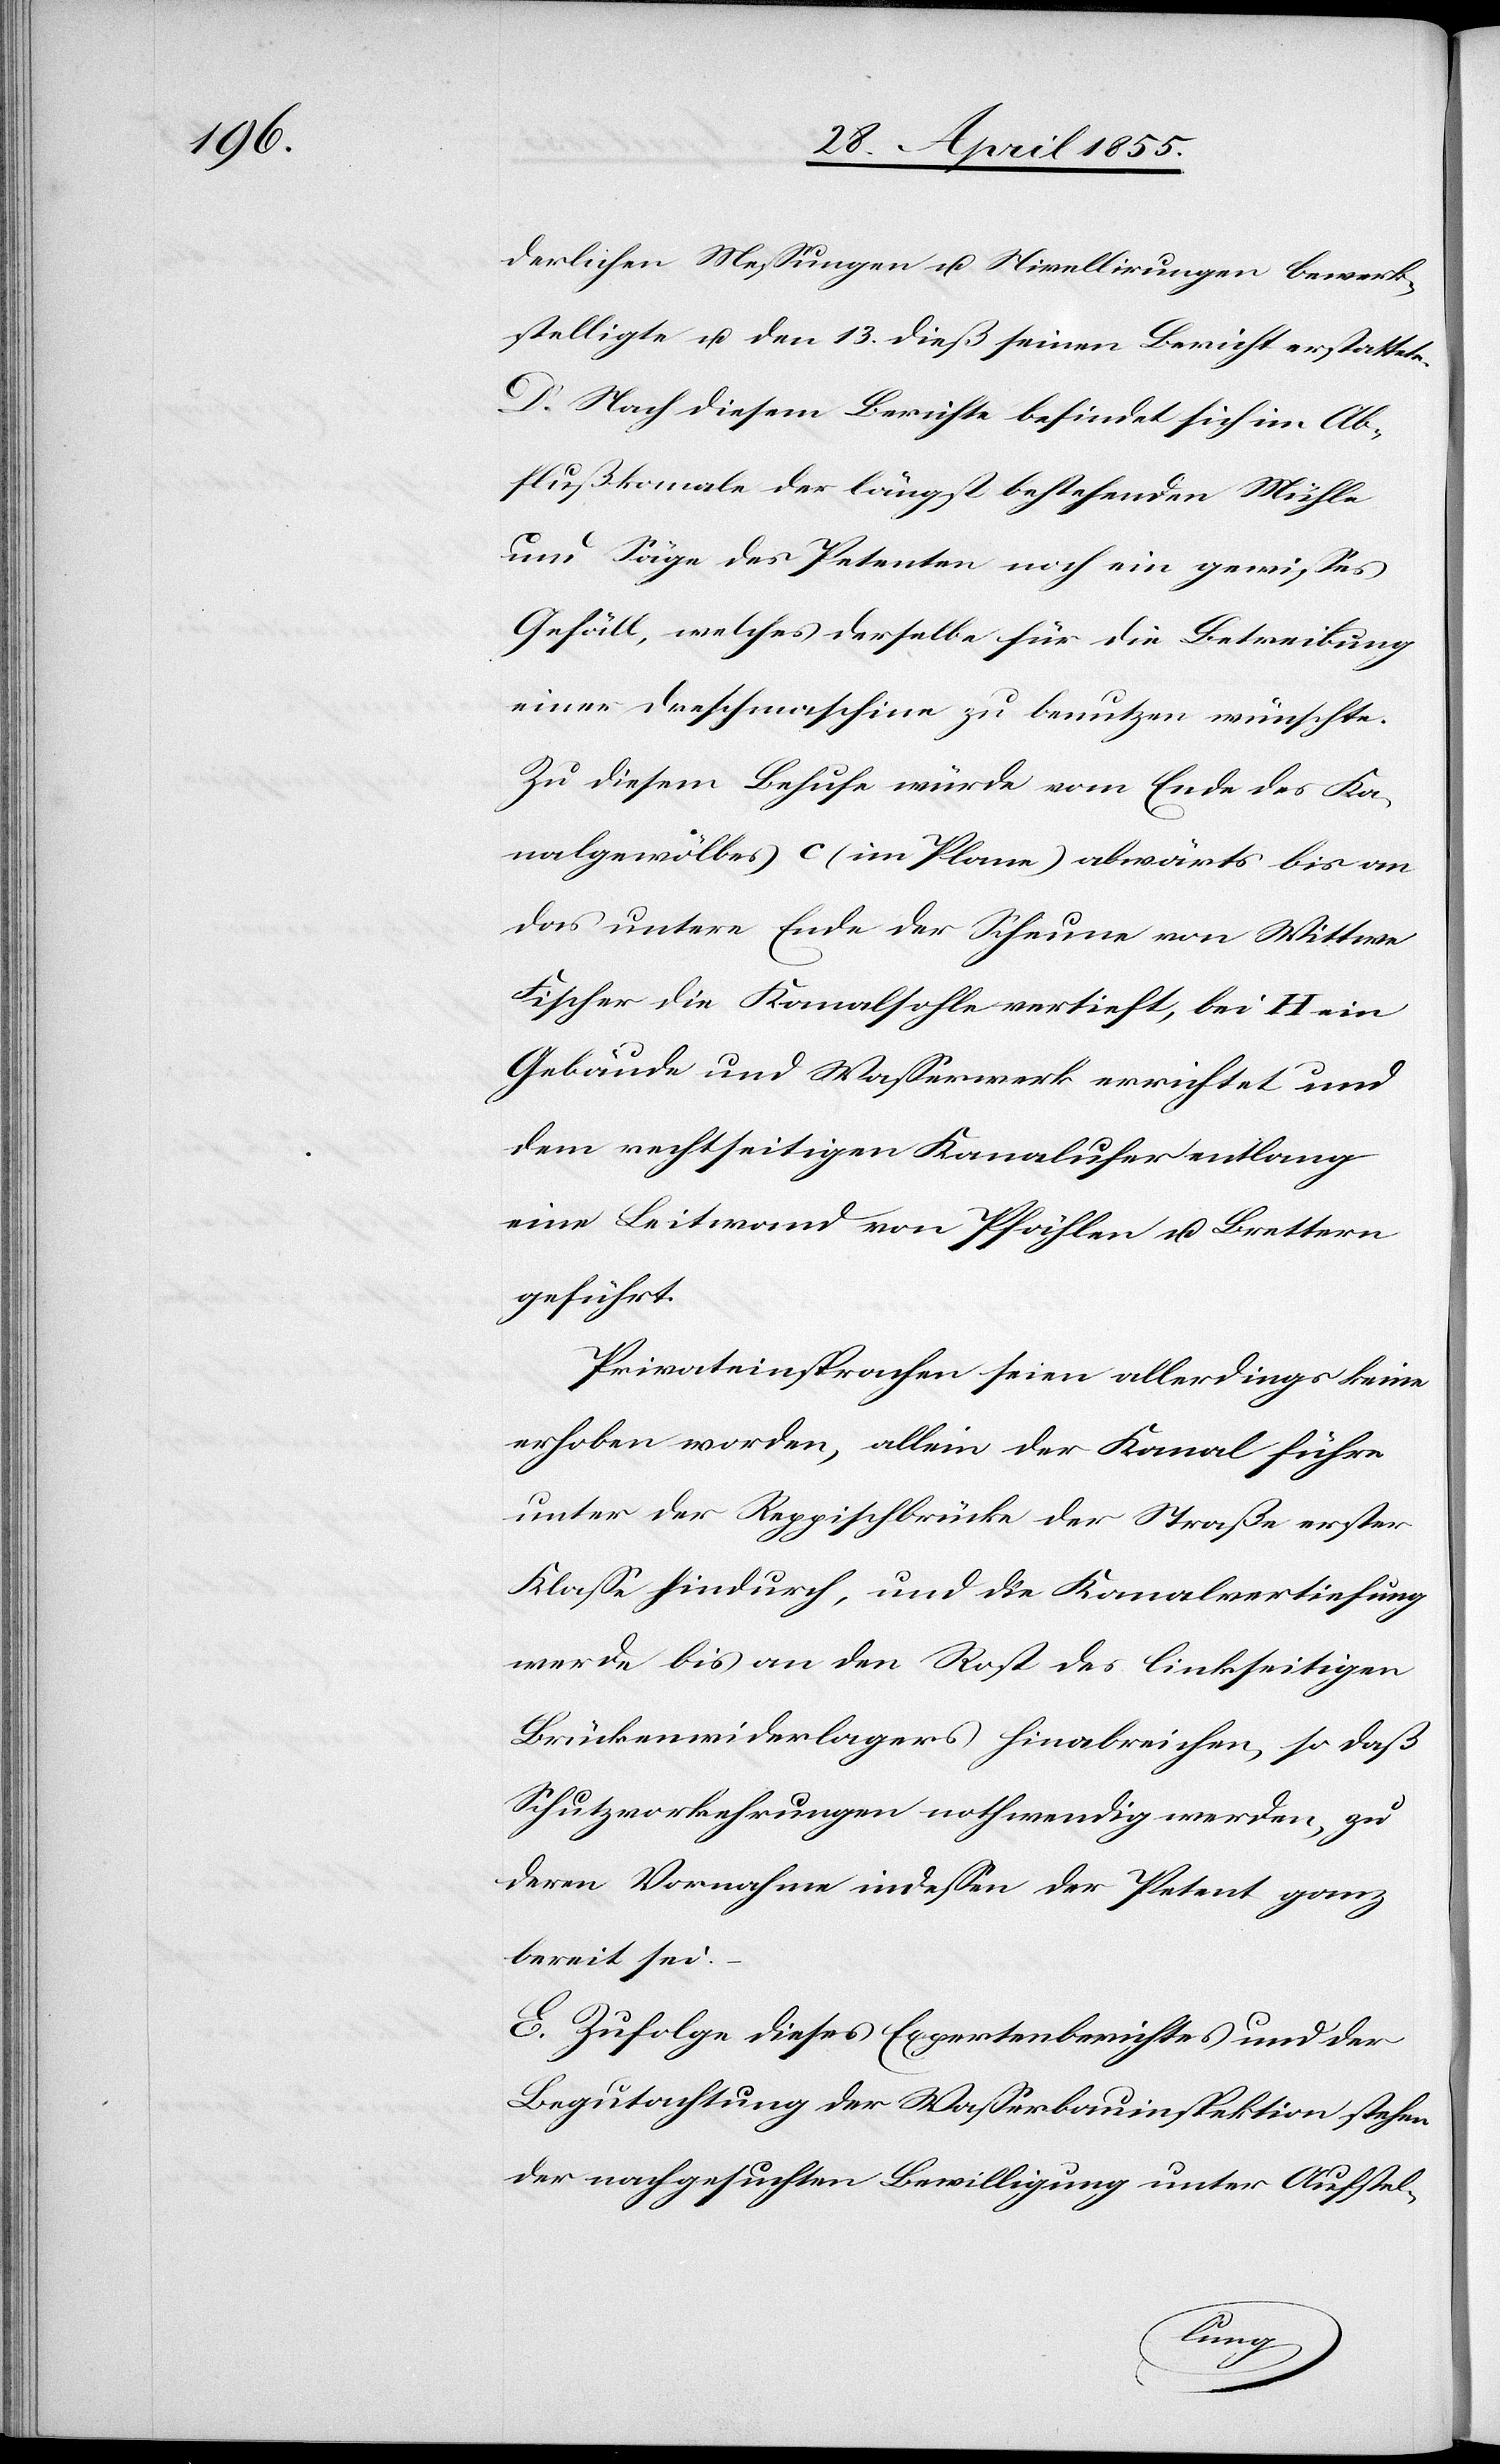
derlichen Messungen u. Nivellirungen bewerk¬
stelligte u. den 13. dieß seinen Bericht erstattete.
D. Nach diesem Berichte befindet sich im Ab¬
flußkanale der längst bestehenden Mühle
und Säge des Petenten noch ein gewisses
Gefäll, welches derselbe für die Betreibung
einer Dreschmaschine zu benutzen wünschte.
Zu diesem Behufe würde vom Ende des Ka¬
nalgewölbes c (im Plane) abwärts bis an
das untere Ende der Scheune von Wittwe
Fischer die Kanalsohle vertieft, bei H ein
Gebäude und Wasserwerk errichtet und
dem rechtseitigen Kanalufer entlang
eine Leitwand von Pfählen u. Brettern
geführt.
Privateinsprachen seien allerdings keine
erhoben worden, allein der Kanal führe
unter der Reppischbrücke der Straße erster
Klasse hindurch, und die Kanalvertiefung
werde bis an den Rost des linkseitigen
Brückenwiderlagers hinabreichen, so daß
Schutzvorkehrungen nothwendig werden, zu
deren Vornahme indessen der Petent ganz
bereit sei. –
E. Zufolge dieses Expertenberichtes und der
Begutachtung der Wasserbauinspektion stehen
der nachgesuchten Bewilligung unter Aufstel-